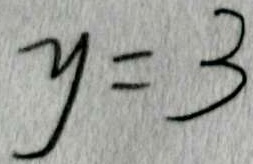
y = 3